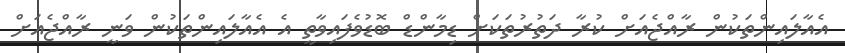
އެއާލައިންތަކުން ރާއްޖެއަށް ކުރާ ދަތުރުތަކަށް ޑިމާންޑް ބޮޑުވެފައިވާތީ އެ އެއާލައިންތަކުން ވަނީ ރާއްޖެއަށް